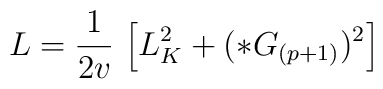
L = \frac{1}{2v} \, \left[ L^2_K + (*G_{(p+1)})^2 \right]